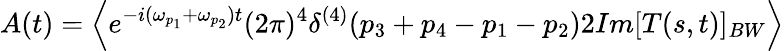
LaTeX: A(t)=\left\langle{e^{-i(\omega_{p_{1}}+\omega_{p_{2}})t}(2\pi)^{4}\delta^{(4)}(p_{3}+p_{4}-p_{1}-p_{2})2Im[T(s,t)]_{BW}}\right\rangle